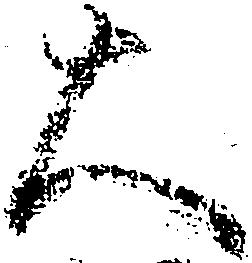
大